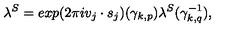
\lambda ^ { S } = e x p ( 2 \pi i v _ { j } \cdot s _ { j } ) ( { \gamma } _ { k , p } ) \lambda ^ { S } ( { \gamma } _ { k , q } ^ { - 1 } ) ,